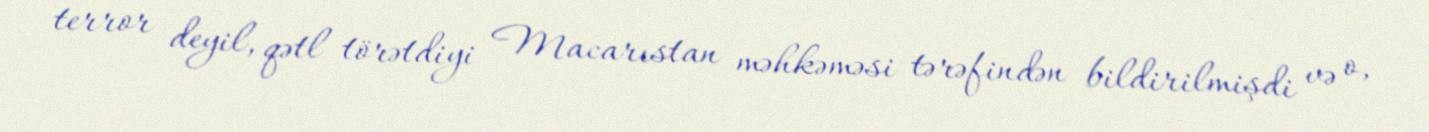
terror deyil, qətl törətdiyi Macarıstan məhkəməsi tərəfindən bildirilmişdi və o,